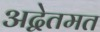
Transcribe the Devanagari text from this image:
अद्वेतमत